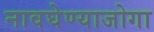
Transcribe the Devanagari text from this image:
नावघेण्याजोगा